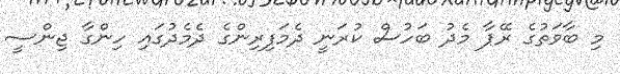
މި ބާވަތުގެ ރޭޕާ މެދު ބަހުސް ކުރަނީ ދެމަފިރިންގެ ދެމެދުގައި ހިންގާ ޖިންސީ